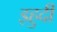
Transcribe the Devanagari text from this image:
इहुदी